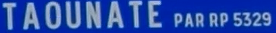
TAOUNATE PAR RP 532